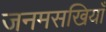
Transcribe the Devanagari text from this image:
जनमसखियाँ